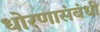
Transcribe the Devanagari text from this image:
धोरणासंबंधी